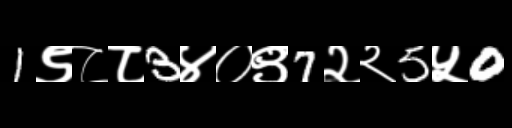
Text: 1९८८3४०९7२२5५0